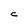
Character: C